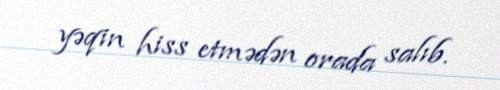
yəqin hiss etmədən orada salıb.